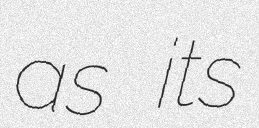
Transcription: as its